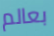
بعالم